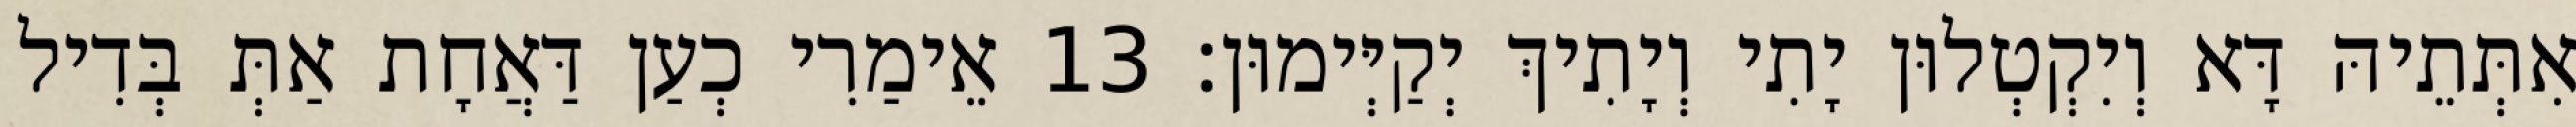
אִתְּתֵיהּ דָּא וְיִקְטְלוּן יָתִי וְיָתִיךְ יְקַיְּימוּן׃ 13 אֵימַרִי כְעַן דַּאֲחָת אַתְּ בְּדִיל